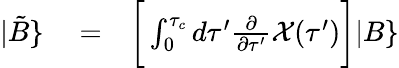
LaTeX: \begin{array}{rlr}{|\tilde{B}\} }&{{}=}&{\bigg[\int_{0}^{\tau_{c}}d\tau^{\prime}\frac{\partial}{\partial\tau^{\prime}}\mathcal{X}(\tau^{\prime})\bigg]|B\} }\end{array}